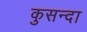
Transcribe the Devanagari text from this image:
कुसन्दा